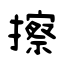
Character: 擦